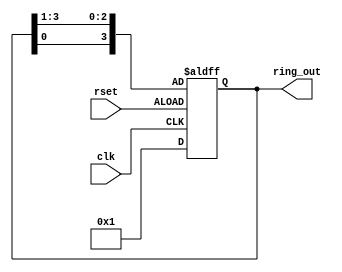
module n_bit_ring_counter#(parameter n = 4)(output [n-1:0]ring_out,input clk,rset);

reg[n-1:0]q;
  
always@(posedge clk or negedge rset)
begin
	if (~rset)
	begin
		q <= {q[0],q[n-1:1]};
	end
	else
	q <= 'd1;

end

assign ring_out = q;

endmodule